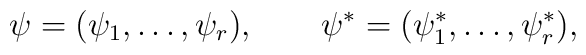
\psi=(\psi_1,\ldots,\psi_r),\qquad \psi^*=(\psi^*_{1},\ldots,\psi^*_{r}),